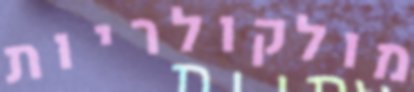
מולקולריות